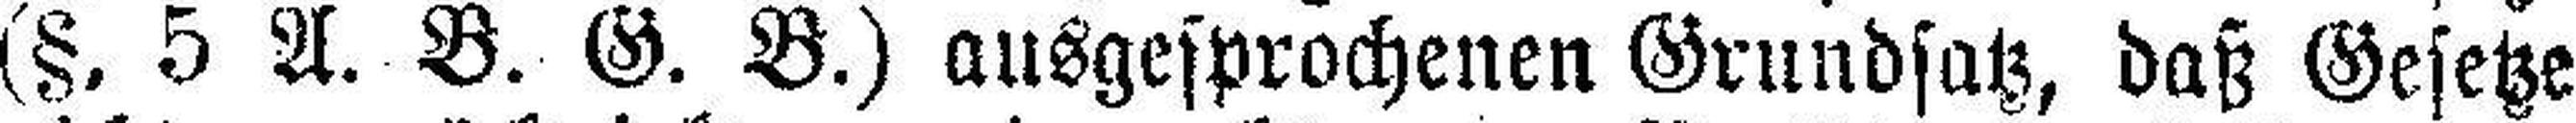
(§. 5 A. B. G. B.) ausgesprochenen Grundsatz, daß Gesetze